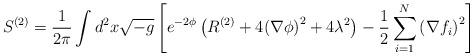
LaTeX: \begin{align*}S^{(2)} = \frac{1}{2\pi}\int d^{2}x \sqrt{-g} \left[e^{-2\phi} \left(R^{(2)} + 4 {(\nabla \phi )}^{2} + 4 \lambda^{2} \right)- \frac{1}{2} \sum_{i=1}^{N} {(\nabla f_{i})}^{2} \right]\end{align*}